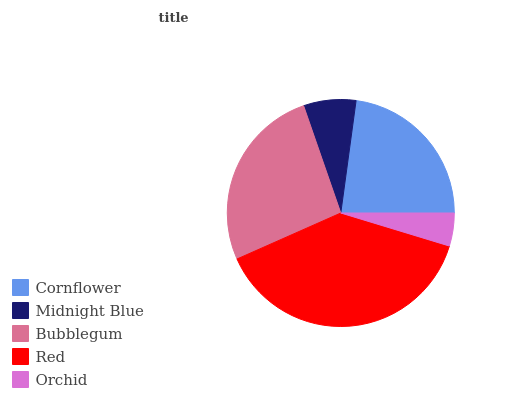
| Cornflower | Midnight Blue | Bubblegum | Red | Orchid |
 | --- | --- | --- | --- | --- |
 | 22.9% | 7.46% | 26.3% | 38.7% | 4.69% |